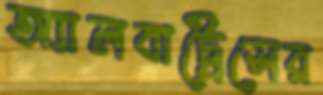
অ্যালবাট্রেসের